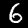
Digit: 6